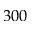
3 0 0